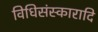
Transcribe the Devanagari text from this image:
विधिसंस्कारादि